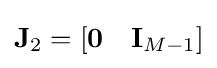
\mathbf {J} _{2}=[\mathbf {0} \quad \mathbf {I} _{M-1}]